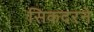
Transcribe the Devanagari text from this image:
सिकदरने